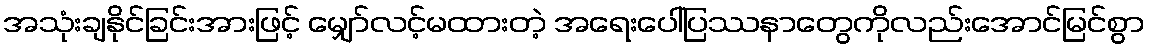
အသုံးချနိုင်ခြင်းအားဖြင့် မျှော်လင့်မထားတဲ့ အရေးပေါ်ပြဿနာတွေကိုလည်းအောင်မြင်စွာ